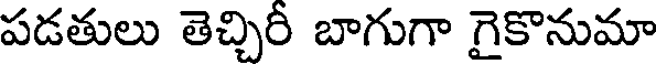
పడతులు తెచ్చిరీ బాగుగా గైకొనుమా